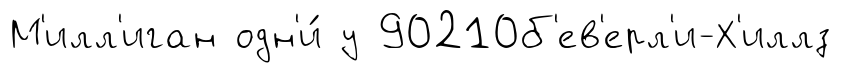
М'илл'иган одн'и́ у 90210б'ев'ерл'и-Х'иллз